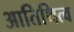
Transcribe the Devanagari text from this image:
आतिथित्व